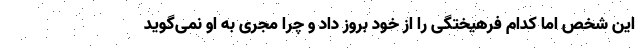
این شخص اما کدام فرهیختگی را از خود بروز داد و چرا مجری به او نمی‌گوید